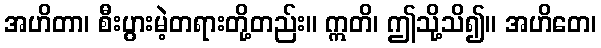
အဟိတာ၊ စီးပွားမဲ့တရားတို့တည်း။ ဣတိ၊ ဤသို့သိ၍။ အဟိတေ၊